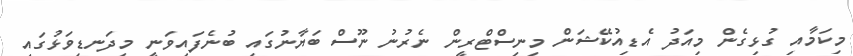
މިކަމާއި ގުޅިގެން މިއަދު އެޑިއުކޭޝަން މިނިސްޓްރީން ނެރުނު ނޫސް ބަޔާނުގައި ބުނެފައިވަނީ މިދަނޑިވަޅުގައި